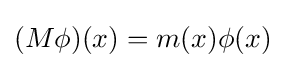
(M\phi )(x)=m(x)\phi (x)